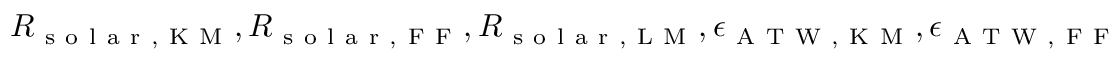
R _ { \mathrm { ~ s ~ o ~ l ~ a ~ r ~ , ~ K ~ M ~ } } , R _ { \mathrm { ~ s ~ o ~ l ~ a ~ r ~ , ~ F ~ F ~ } } , R _ { \mathrm { ~ s ~ o ~ l ~ a ~ r ~ , ~ L ~ M ~ } } , \epsilon _ { \mathrm { ~ A ~ T ~ W ~ , ~ K ~ M ~ } } , \epsilon _ { \mathrm { ~ A ~ T ~ W ~ , ~ F ~ F ~ } } , \epsilon _ { \mathrm { ~ s ~ o ~ l ~ a ~ r ~ , ~ L ~ M ~ } }